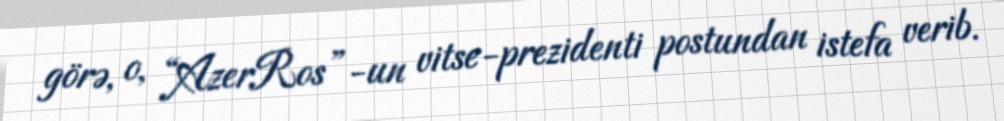
görə, o, “AzerRos”-un vitse-prezidenti postundan istefa verib.